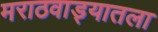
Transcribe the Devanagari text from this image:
मराठवाड्यातला